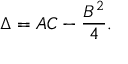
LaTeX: \Delta = A C - { \frac { B ^ { 2 } } { 4 } } .